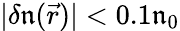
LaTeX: |\delta\mathfrak{n}(\vec{{r}})|<0.1\mathfrak{n}_{0}